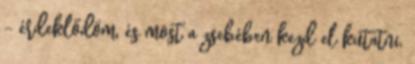
– érdeklődöm, és most a zsebében kezd el kutatni.